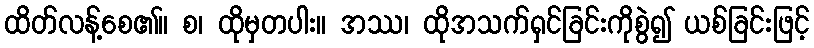
ထိတ်လန့်စေ၏။ စ၊ ထိုမှတပါး။ အဿ၊ ထိုအသက်ရှင်ခြင်းကိုစွဲ၍ ယစ်ခြင်းဖြင့်